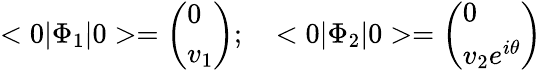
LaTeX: <0\vert\Phi_{1}\vert 0>=\left(\begin{array}{l}{{0}}\\ {{v_{1}}}\end{array}\right);\ \ \ <0\vert\Phi_{2}\vert 0>=\left(\begin{array}{l}{{0}}\\ {{v_{2}e^{i\theta}}}\end{array}\right)